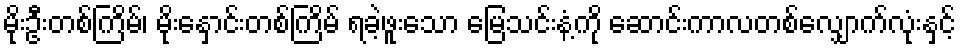
မိုးဦးတစ်ကြိမ်၊ မိုးနှောင်းတစ်ကြိမ် ရခဲ့ဖူးသော မြေသင်းနံ့ကို ဆောင်းကာလတစ်လျှောက်လုံးနှင့်